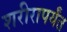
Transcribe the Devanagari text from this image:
शरीरापर्यंत